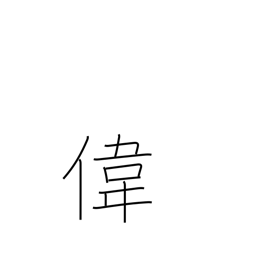
Meaning: admirable